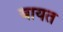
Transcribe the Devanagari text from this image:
बायत